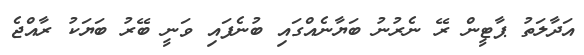
އަދާލަތު ޕާޓީން ރޭ ނެރުނު ބަޔާނެއްގައި ބުނެފައި ވަނީ ބޭރު ބަޔަކު ރާއްޖެ